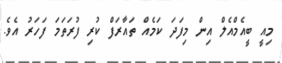
މިއީ ބީއެމްއެެލް އިން މިފަދަ ކަމެއް ތައާރަފް ކުރި ފުރަތަމަ ފަހަރު އެވެ.